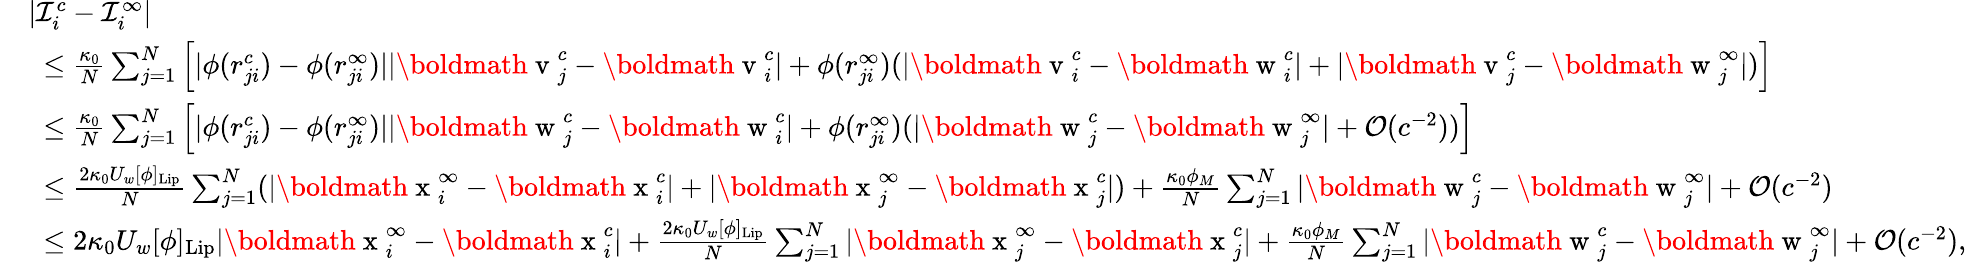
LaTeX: \begin{array}{r}{\begin{array}{rl}&{|\mathcal{I}_{i}^{c}-\mathcal{I}_{i}^{\infty}|}\\ &{~\leq\frac{\kappa_{0}}{N}\sum_{j=1}^{N}\left[|\phi(r_{ji}^{c})-\phi(r_{ji}^{\infty})||\mathrm{\boldmath~v~}_{j}^{c}-\mathrm{\boldmath~v~}_{i}^{c}|+\phi(r_{ji}^{\infty})(|\mathrm{\boldmath~v~}_{i}^{c}-\mathrm{\boldmath~w~}_{i}^{c}|+|\mathrm{\boldmath~v~}_{j}^{c}-\mathrm{\boldmath~w~}_{j}^{\infty}|)\right]}\\ &{~\leq\frac{\kappa_{0}}{N}\sum_{j=1}^{N}\left[|\phi(r_{ji}^{c})-\phi(r_{ji}^{\infty})||\mathrm{\boldmath~w~}_{j}^{c}-\mathrm{\boldmath~w~}_{i}^{c}|+\phi(r_{ji}^{\infty})(|\mathrm{\boldmath~w~}_{j}^{c}-\mathrm{\boldmath~w~}_{j}^{\infty}|+\mathcal{O}(c^{-2}))\right]}\\ &{~\leq\frac{2\kappa_{0}U_{w}[\phi]_{\mathrm{Lip}}}{N}\sum_{j=1}^{N}(|\mathrm{\boldmath~x~}_{i}^{\infty}-\mathrm{\boldmath~x~}_{i}^{c}|+|\mathrm{\boldmath~x~}_{j}^{\infty}-\mathrm{\boldmath~x~}_{j}^{c}|)+\frac{\kappa_{0}\phi_{M}}{N}\sum_{j=1}^{N}|\mathrm{\boldmath~w~}_{j}^{c}-\mathrm{\boldmath~w~}_{j}^{\infty}|+\mathcal{O}(c^{-2})}\\ &{~\leq 2\kappa_{0}U_{w}[\phi]_{\mathrm{Lip}}|\mathrm{\boldmath~x~}_{i}^{\infty}-\mathrm{\boldmath~x~}_{i}^{c}|+\frac{2\kappa_{0}U_{w}[\phi]_{\mathrm{Lip}}}{N}\sum_{j=1}^{N}|\mathrm{\boldmath~x~}_{j}^{\infty}-\mathrm{\boldmath~x~}_{j}^{c}|+\frac{\kappa_{0}\phi_{M}}{N}\sum_{j=1}^{N}|\mathrm{\boldmath~w~}_{j}^{c}-\mathrm{\boldmath~w~}_{j}^{\infty}|+\mathcal{O}(c^{-2}),}\end{array}}\end{array}